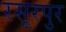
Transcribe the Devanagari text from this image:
रसूरपुर